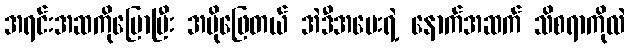
အရင်းအဆကိုပြောပြီး အပိုဖြေတယ် အဲဒီအမေးရဲ့ နောက်အဆက် သိစရာကိုလဲ